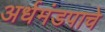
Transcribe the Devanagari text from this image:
अर्धमंडपाचे